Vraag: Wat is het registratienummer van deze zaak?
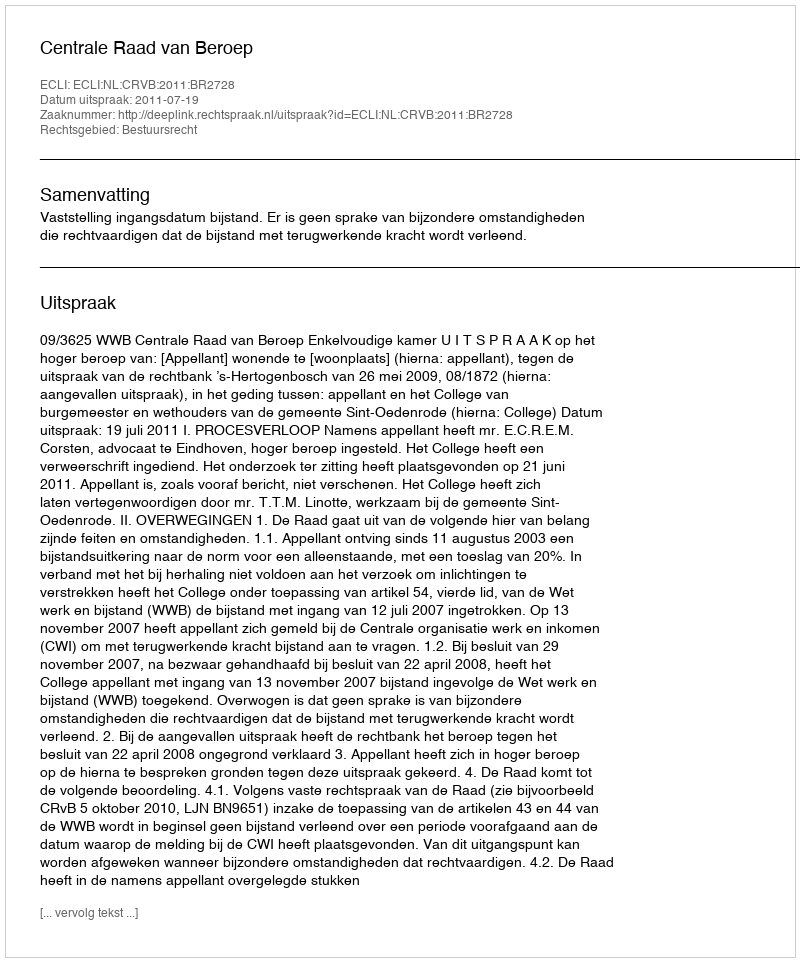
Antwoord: http://deeplink.rechtspraak.nl/uitspraak?id=ECLI:NL:CRVB:2011:BR2728